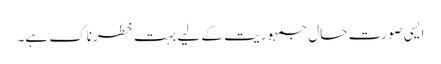
ایسی صورت حال جمہوریت کے لیے بہت خطرناک ہے۔